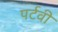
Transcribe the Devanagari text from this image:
पर्टवी